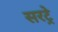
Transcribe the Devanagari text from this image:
सरट्रे